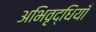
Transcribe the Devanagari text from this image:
अभिवृद्धियाँ